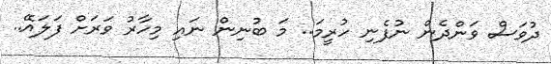
ދުވަސް ވަންދެން ނުފެނި ހުރީމަ.. މަ ބުނިން ނައި މިހާރު ވަރަށް ފަލައޭ..